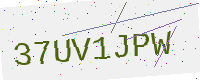
Text: 37UV1JPW